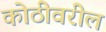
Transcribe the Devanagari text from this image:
कोठीवरील